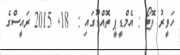
ހަވީރު ފޮޓޯ : އެމްޑީޕީ ތޮއްޑޫގައި :  18